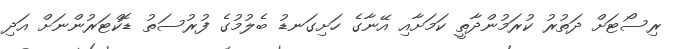
ރިސޯޓަށް ދަތުރު ކުރަމުންދާތީ ކަމަށާއި އޭނާގެ ހަށިގަނޑު ބެލުމުގެ ފުރުސަތު ޑޮކްޓަރުންނަށް އަދި